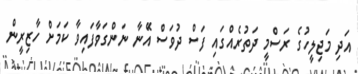
އަދި މަޖިލީހުގެ ރަސްމީ ދަތުރެއްގައި ފަސް ދުވަސް އަޭނާ ނަންގަވާފައިވާ ކަމަށް ހާޒިރީން